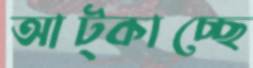
আট্‌কাচ্ছে